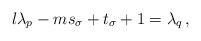
LaTeX: \begin{align*}l\lambda_p-ms_\sigma+t_\sigma +1 =\lambda_q\, ,\end{align*}